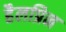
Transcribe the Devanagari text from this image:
हैलप्रिन